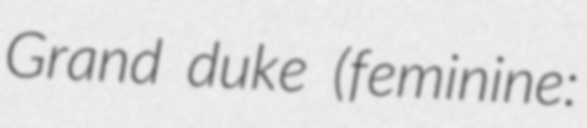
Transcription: Grand duke (feminine: